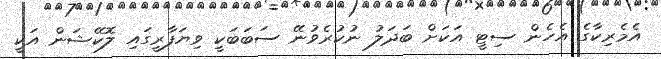
އެމެރިކާގެ އެހެން ސިޓީ އަކަށް ބަދަލު ނުކުރެވުނޭ ސަބަބަކީ ވިޔަފާރީގައި ލޮކޭޝަން އަކީ